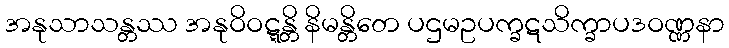
အနုသာသန္တဿ အနုဝိဝဋ္ဋန္တိ နိမန္တိတေ ပဌမဥပက္ခဋသိက္ခာပဒဝဏ္ဏနာ